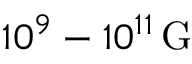
1 0 ^ { 9 } - 1 0 ^ { 1 1 } \, \mathrm { G }